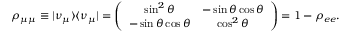
\rho _ { \mu \mu } \equiv \vert \nu _ { \mu } \rangle \langle \nu _ { \mu } \vert = \left( \begin{array} { c c } { { \sin ^ { 2 } \theta } } & { { - \sin \theta \cos \theta } } \\ { { - \sin \theta \cos \theta } } & { { \cos ^ { 2 } \theta } } \end{array} \right) = 1 - \rho _ { e e } .